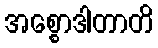
အစ္စောဒါတာတိ